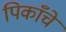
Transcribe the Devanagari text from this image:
पिकाँचे